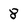
Character: 8